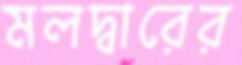
মলদ্বারের